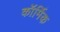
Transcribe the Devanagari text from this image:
कॉर्मिक